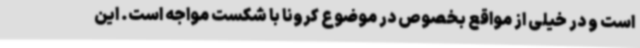
است و در خیلی از مواقع بخصوص در موضوع کرونا با شکست مواجه است. این